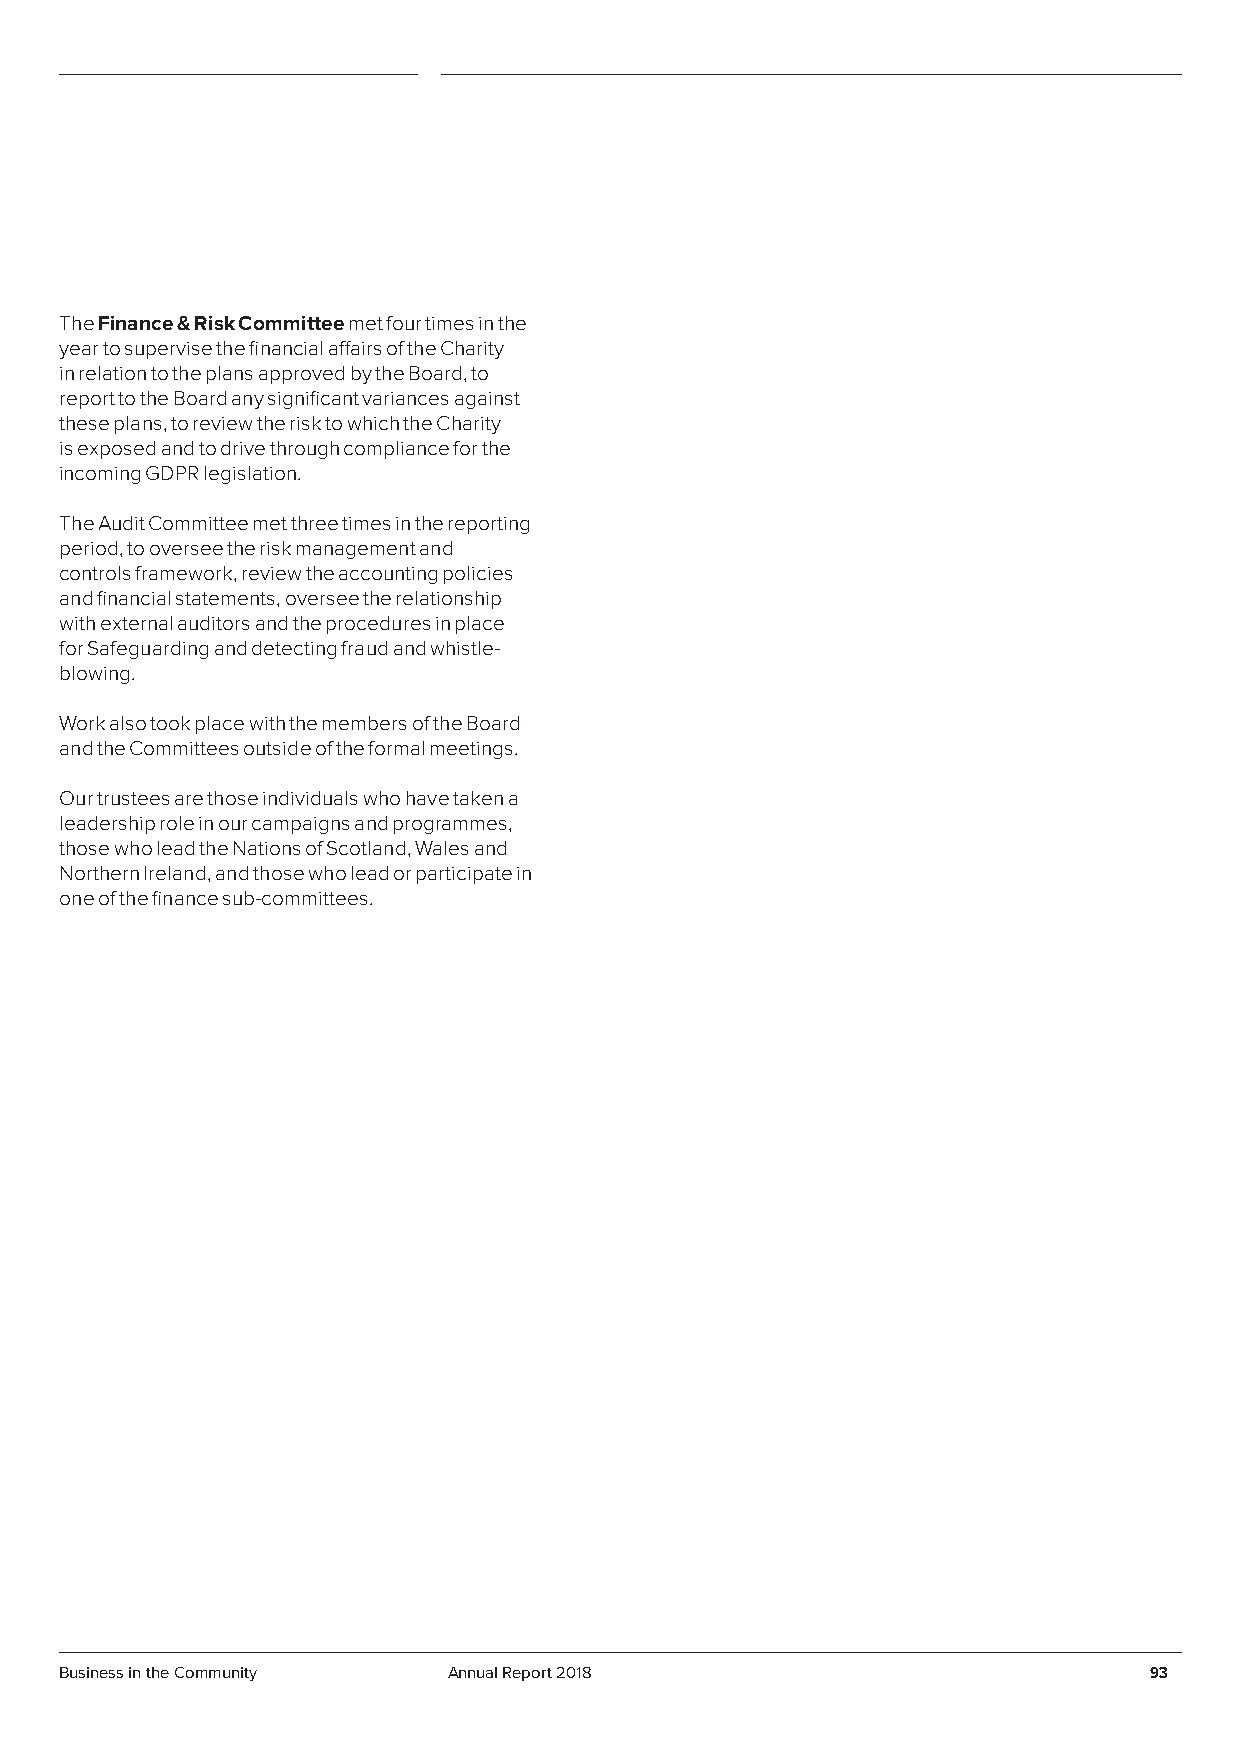
The Finance & Risk Committee met four times in the
 year to supervise the financial affairs of the Charity
 in relation to the plans approved by the Board, to
 report to the Board any significant variances against
 these plans, to review the risk to which the Charity
 is exposed and to drive through compliance for the
 incoming GDPR legislation.
 The Audit Committee met three times in the reporting
 period, to oversee the risk management and
 controls framework, review the accounting policies
 and financial statements, oversee the relationship
 with external auditors and the procedures in place
 for Safeguarding and detecting fraud and whistle-
 blowing.
 Work also took place with the members of the Board
 and the Committees outside of the formal meetings.
 Our trustees are those individuals who have taken a
 leadership role in our campaigns and programmes,
 those who lead the Nations of Scotland, Wales and
 Northern Ireland, and those who lead or participate in
 one of the finance sub-committees.
 Business in the Community Annual Report 2018                            93